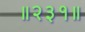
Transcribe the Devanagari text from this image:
॥२३१॥